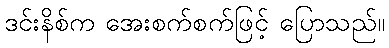
ဒင်းနိစ်က အေးစက်စက်ဖြင့် ပြောသည်။